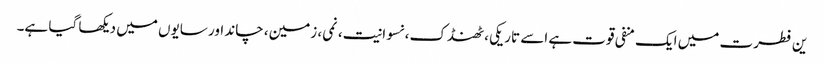
ین فطرت میں ایک منفی قوت ہے اسے تاریکی، ٹھنڈک، نسوانیت، نمی، زمین، چاند اور سایوں میں دیکھا گیا ہے۔